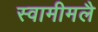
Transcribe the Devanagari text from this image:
स्वामीमलै